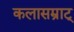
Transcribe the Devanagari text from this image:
कलासम्राट्